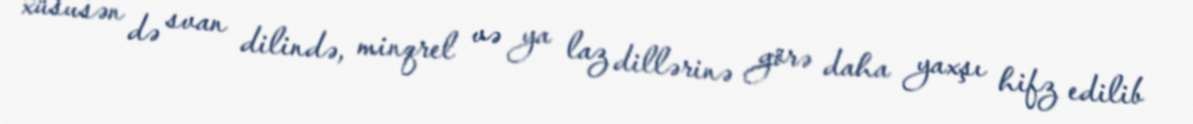
xüsusən də svan dilində, minqrel və ya laz dillərinə görə daha yaxşı hifz edilib